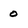
Character: 0